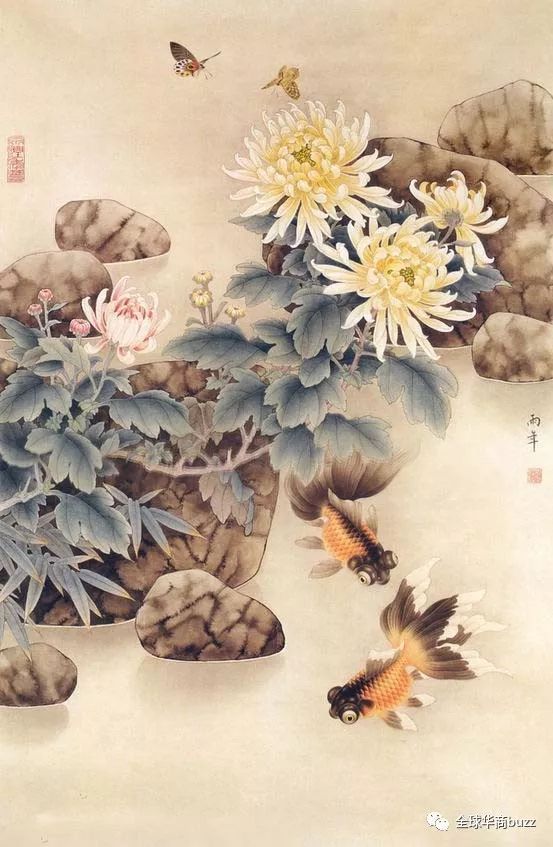
绮席象床寒玉枕，美人何处醉黄花。